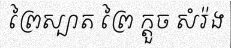
ព្រៃស្បាត ព្រៃ ក្តួច សំរ៉ង